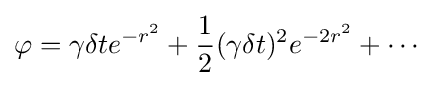
\varphi =\gamma \delta te^{-r^{2}}+{\frac {1}{2}}(\gamma \delta t)^{2}e^{-2r^{2}}+\cdots